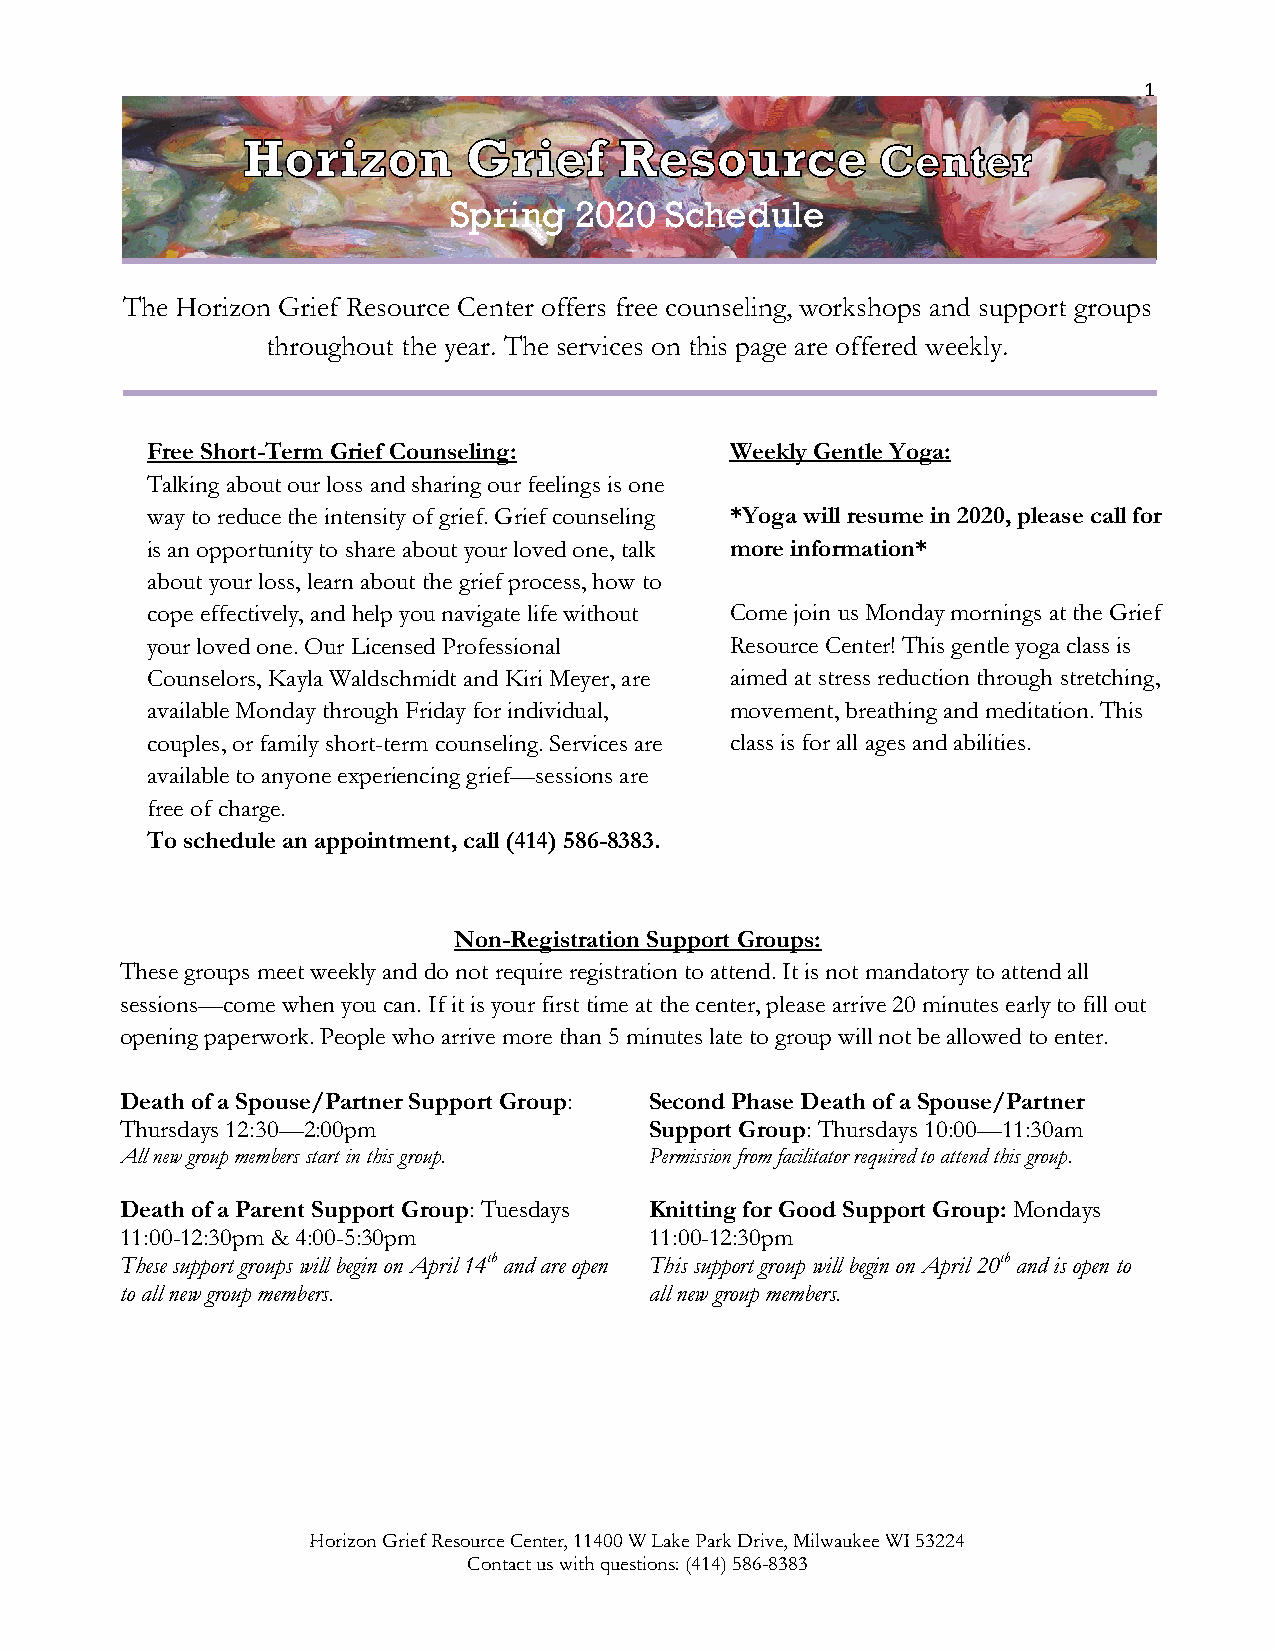
1
 Spring  2020  Schedule
 The Horizon Grief Resource Center offers free counseling, workshops and support groups
 throughout the year. The services on this page are offered weekly.
 Free Short-Term Grief Counseling:     Weekly Gentle Yoga:
 Talking about our loss and sharing our feelings is one
 way to reduce the intensity of grief. Grief counseling *Yoga will resume in 2020, please call for
 is an opportunity to share about your loved one, talk more information*
 about your loss, learn about the grief process, how to
 cope effectively, and help you navigate life without Come join us Monday mornings at the Grief
 your loved one. Our Licensed Professional Resource Center! This gentle yoga class is
 Counselors, Kayla Waldschmidt and Kiri Meyer, are aimed at stress reduction through stretching,
 available Monday through Friday for individual, movement, breathing and meditation. This
 couples, or family short-term counseling. Services are class is for all ages and abilities.
 available to anyone experiencing grief—sessions are
 free of charge.
 To schedule an appointment, call (414) 586-8383.
 Non-Registration Support Groups:
 These groups meet weekly and do not require registration to attend. It is not mandatory to attend all
 sessions—come when you can. If it is your first time at the center, please arrive 20 minutes early to fill out
 opening paperwork. People who arrive more than 5 minutes late to group will not be allowed to enter.
 Death of a Spouse/Partner Support Group: Second Phase Death of a Spouse/Partner
 Thursdays 12:30—2:00pm             Support Group: Thursdays 10:00—11:30am
 All new group members start in this group. Permission from facilitator required to attend this group.
 Death of a Parent Support Group: Tuesdays Knitting for Good Support Group: Mondays
 11:00-12:30pm & 4:00-5:30pm        11:00-12:30pm
 These support groups will begin on April 14th and are open This support group will begin on April 20th and is open to
 to all new group members.          all new group members.
 Horizon Grief Resource Center, 11400 W Lake Park Drive, Milwaukee WI 53224
 Contact us with questions: (414) 586-8383